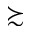
\succsim